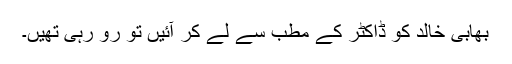
بھابی خالد کو ڈاکٹر کے مطب سے لے کر آئیں تو رو رہی تھیں۔